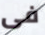
فى